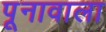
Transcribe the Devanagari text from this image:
पूनावाला